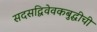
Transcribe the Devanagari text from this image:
सदसद्विवेवकबुद्धीची